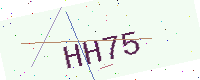
Text: HH75